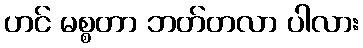
ဟင် မစ္စတာ ဘတ်တလာ ပါလား